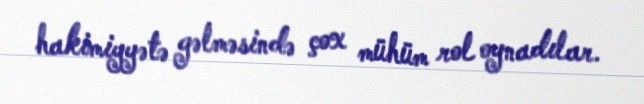
hakimiyyətə gəlməsində çox mühüm rol oynadılar.